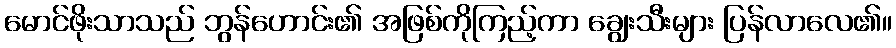
မောင်ဖိုးသာသည် ဘွန်ဟောင်း၏ အဖြစ်ကိုကြည့်ကာ ချွေးသီးများ ပြန်လာလေ၏။